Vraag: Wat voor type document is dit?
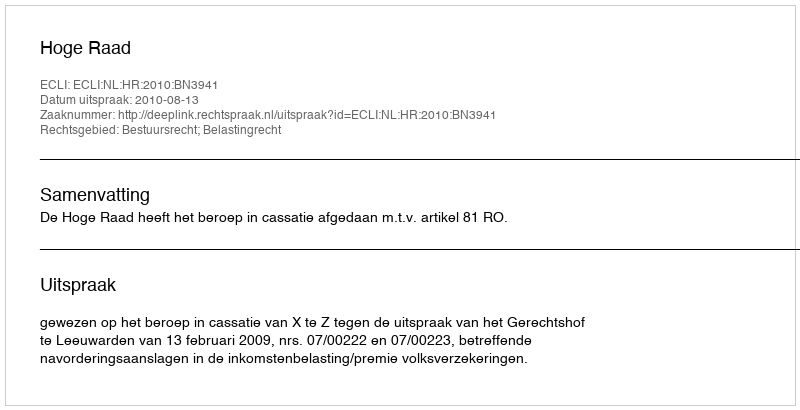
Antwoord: Uitspraak